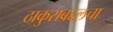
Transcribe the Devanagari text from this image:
ठाकुराबद्दलचा